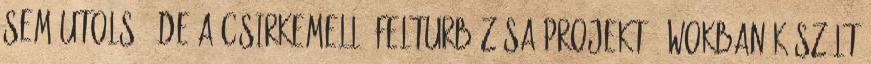
sem utolsó. De a csirkemell „felturbózása projekt”, wokban készült